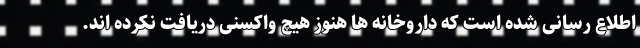
اطلاع رسانی شده است که داروخانه ها هنوز هیچ واکسنی دریافت نکرده اند.